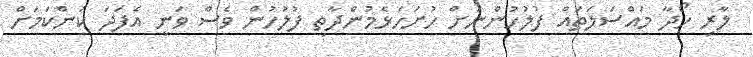
ލާރި ހޯދާ މައްސަލަތައް ފުލުހުންނަށް ހުށަހެޅެމުންދާތީ ފުލުހުން ވެސް ވަނީ އެފަދަ ކަންކަމަށް